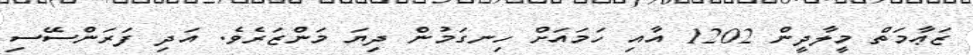
ޒަޢާމަތް މީލާދީން 1202 އާއި ހަމައަށް ހިނގަމުން ދިޔަ މަންޒަރެވެ. އަދި ފަރަންސޭސި